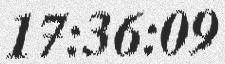
17:36:09